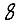
Digit: 8